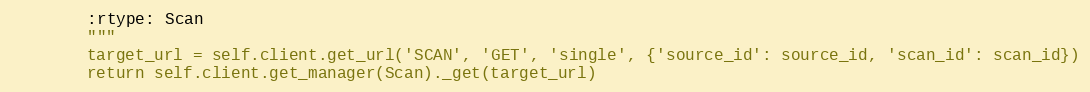
Language: Python
        :rtype: Scan
        """
        target_url = self.client.get_url('SCAN', 'GET', 'single', {'source_id': source_id, 'scan_id': scan_id})
        return self.client.get_manager(Scan)._get(target_url)